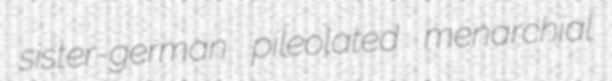
sister-german pileolated menarchial